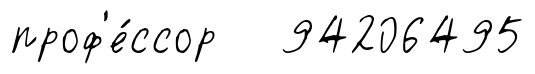
проф'е́ссор 94206495